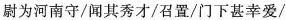
尉为河南守/闻其秀/召置/门下甚幸爱